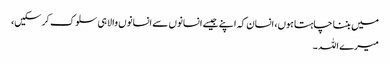
میں بننا چاہتا ہوں، انسان کہ اپنے جیسے انسانوں سے انسانوں والا ہی سلوک کر سکیں،
میرے اللہ ۔